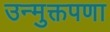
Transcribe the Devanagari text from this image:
उन्मुक्तपणा